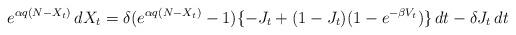
LaTeX: \begin{align*}e^{\alpha q(N-X_t)}\,dX_t=\delta(e^{\alpha q(N-X_t)}-1)\{-J_t+(1-J_t)(1-e^{-\beta V_t})\}\,dt -\delta J_t\,dt\end{align*}